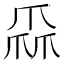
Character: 𤔙